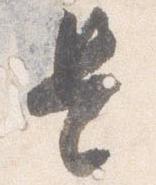
是